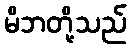
မိဘတို့သည်